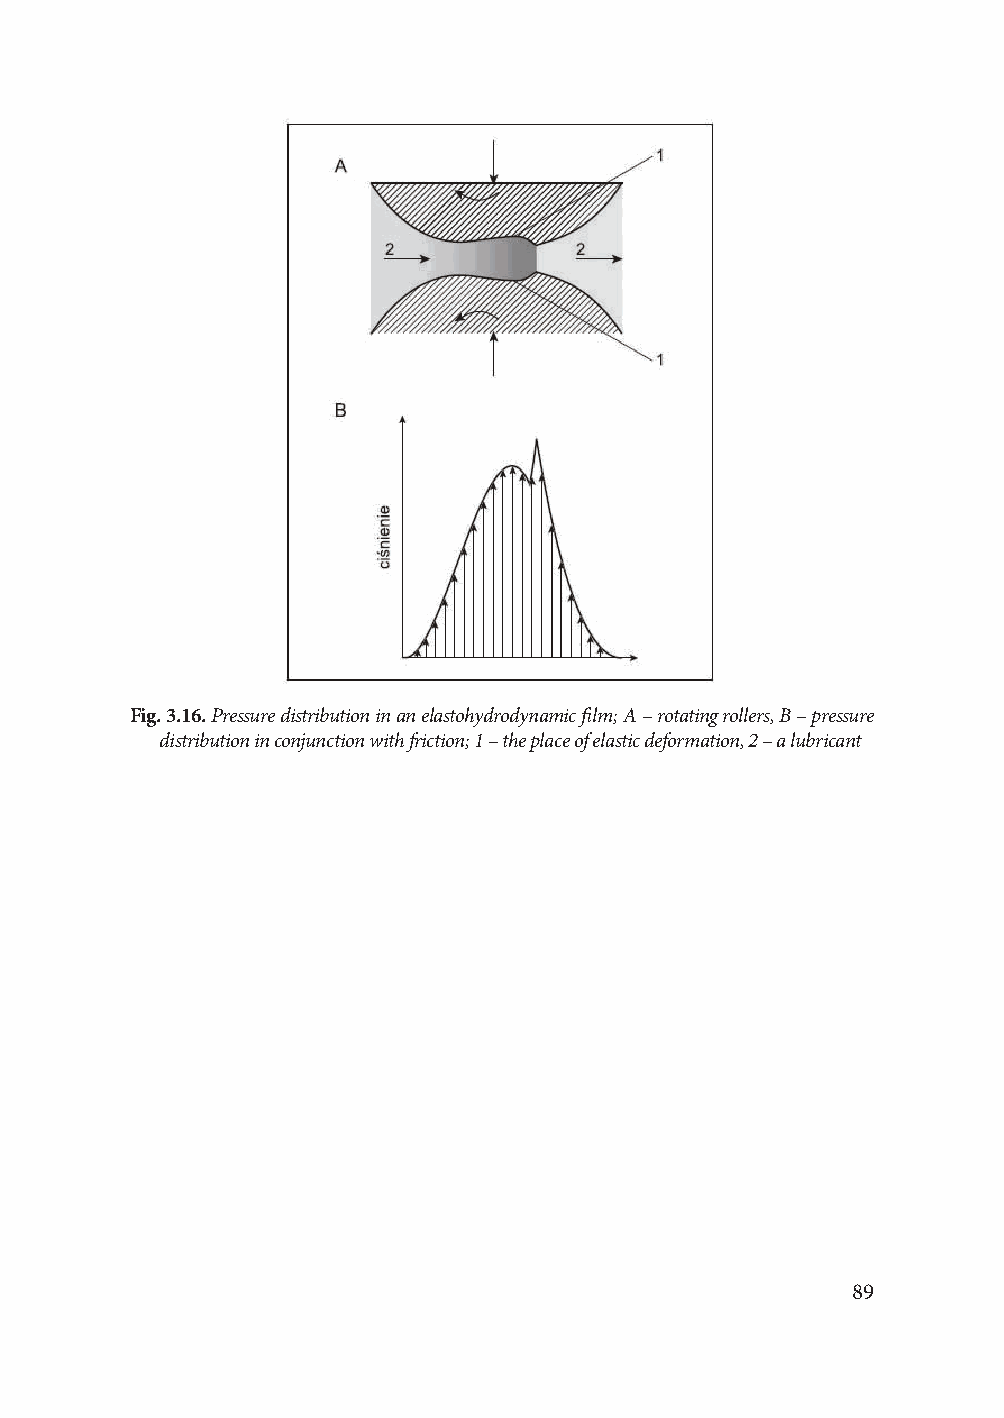
Fig. 3.16. Pressure distribution in an elastohydrodynamic film; A – rotating rollers, B – pressure
 distribution in conjunction with friction; 1 – the place of elastic deformation, 2 – a lubricant
 89